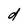
Character: d